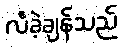
လီခဲ့ချန်သည်